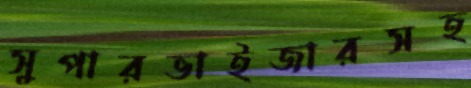
সুপারভাইজারসহ